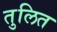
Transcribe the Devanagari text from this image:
तुलित